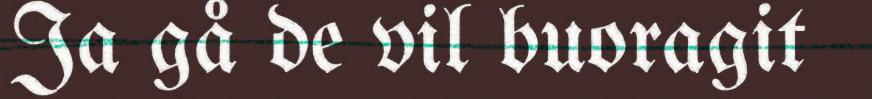
Ja gå de vil buoragit